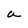
Character: a